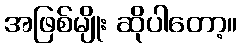
အဖြစ်မျိုး ဆိုပါတော့။